Civil Veterinary Department Bihar & Orissa reports 1929-36 - 1929-1936
Year: 1929
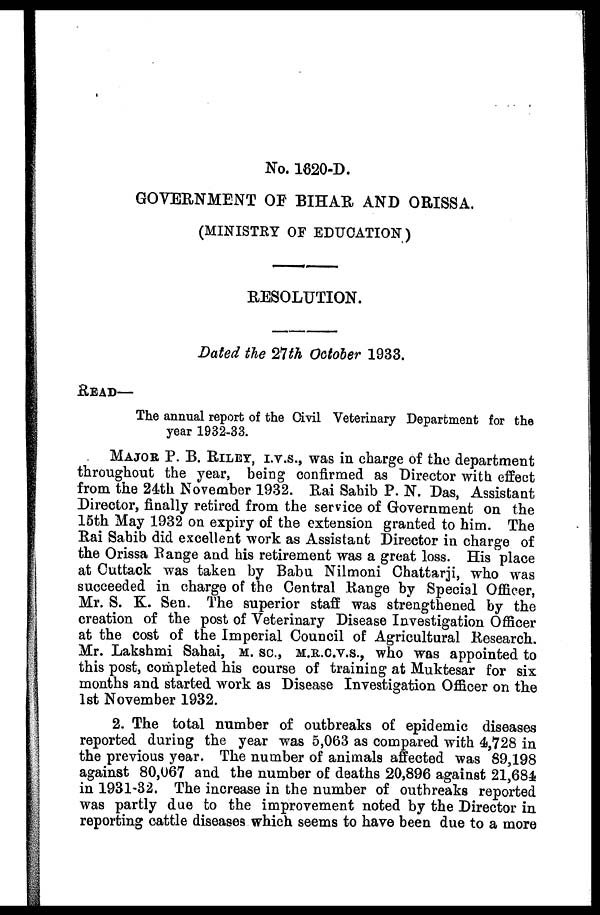
No. 1620-D.
GOVERNMENT OF BIHAR AND ORISSA.
(MINISTRY OF EDUCATION)
RESOLUTION.
Dated the 21th October 1933.
READ—
The annual report of the Civil Veterinary Department for the
year 1932-33.
MAJOR P. B. RILEY, I.V.S., was in charge of the department
throughout the year, being confirmed as Director with effect
from the 24th November 1932. Rai Sahib P. N. Das, Assistant
Director, finally retired from the service of Government on the
15th May 1932 on expiry of the extension granted to him. The
Rai Sahib did excellent work as Assistant Director in charge of
the Orissa Range and his retirement was a great loss. His place
at Cuttack was taken by Babu Nilmoni Chattarji, who was
succeeded in charge of the Central Range by Special Officer,
Mr. S. K. Sen. The superior staff was strengthened by the
creation of the post of Veterinary Disease Investigation Officer
at the cost of the Imperial Council of Agricultural Research.
Mr. Lakshmi Sahai, M. SC., M.R.C.V., who was appointed to
this post, completed his course of training at Muktesar for six
months and started work as Disease Investigation Officer on the
1st November 1932.
2. The total number of outbreaks of epidemic diseases
reported during the year was 5,063 as compared with 4,728 in
the previous year. The number of animala affected was 89,198
against 80,067 and the number of deaths 20,896 against 21,684
in 1931-32. The increase in the number of outbreaks reported
was partly due to the improvement noted by the Director in
reporting cattle diseases which seems to have been due to a more